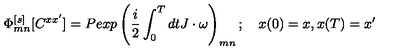
\Phi _ { m n } ^ { [ s ] } [ C ^ { x x ^ { \prime } } ] = P e x p \left( { \frac { i } { 2 } } \int _ { 0 } ^ { T } d t J \cdot \omega \right) _ { m n } ; \quad x ( 0 ) = x , x ( T ) = x ^ { \prime }